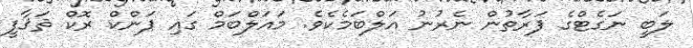
ލަބީ ނަގެޓްގެ ފަރާތުން ނެރުނު އަލްބަމެކެވެ. މައަލްބަމް ގައި ޕަންކް ރޮކް ޘަޤާފީ